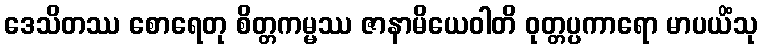
ဒေသိတဿ စောရေတု စိတ္တကမ္မဿ ဇာနာမိယေဝါတိ ဝုတ္တပ္ပကာရော မာပယိံသု